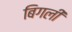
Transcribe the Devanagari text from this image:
बिगली